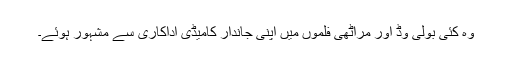
وہ کئی بولی وڈ اور مراٹھی فلموں میں اپنی جاندار کامیڈی اداکاری سے مشہور ہوئے۔